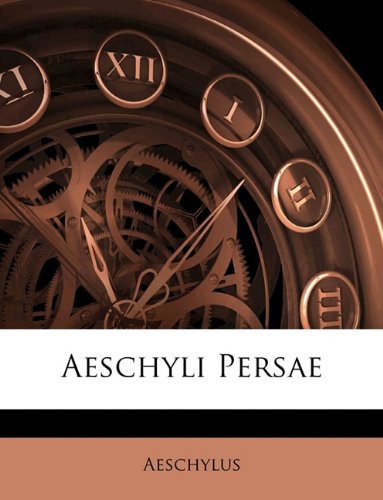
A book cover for Aeschyli Persae (Latin Edition); Aeschylus; Literature & Fiction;